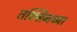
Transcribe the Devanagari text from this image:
तक्सिनच्या